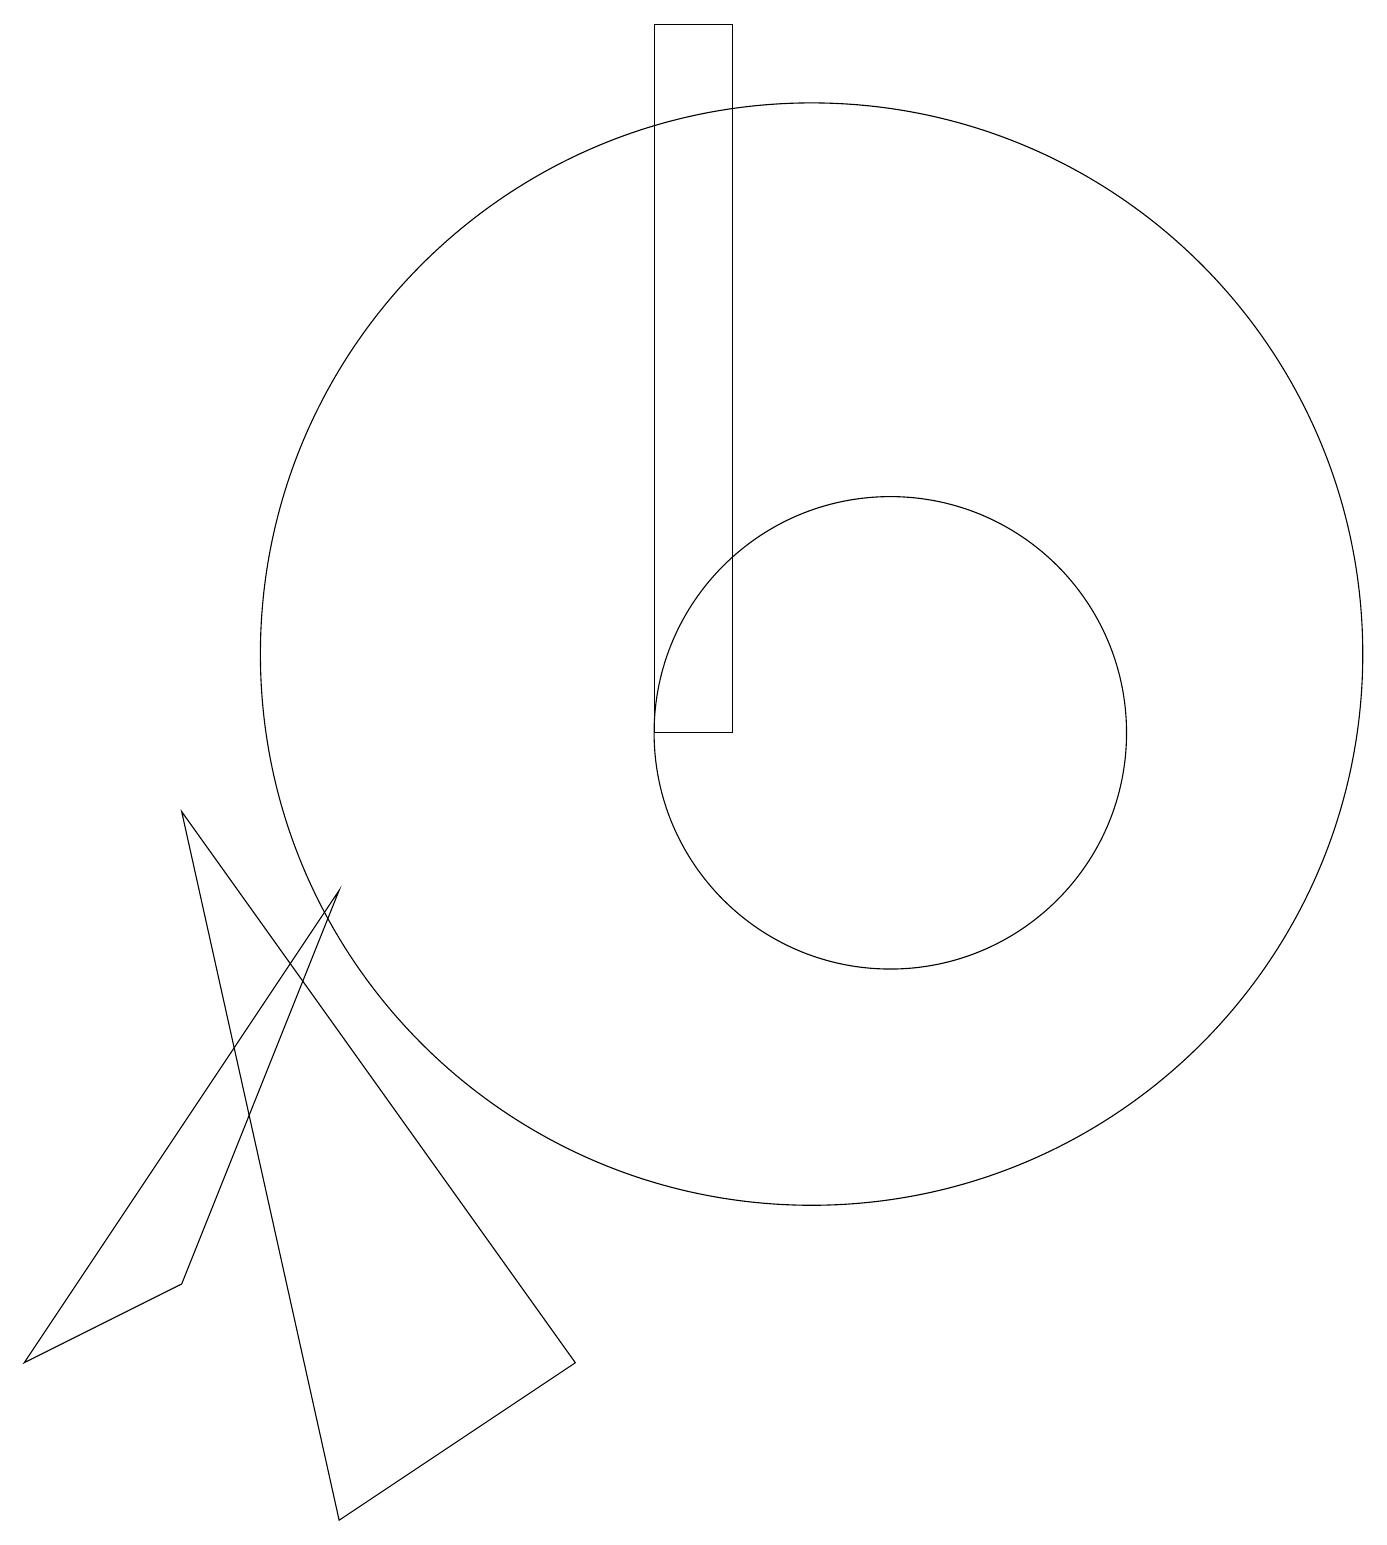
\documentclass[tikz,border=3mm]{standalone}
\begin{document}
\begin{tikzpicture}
\draw (10,11) circle (7);
\draw (2,9) -- (7,2) -- (4,0) -- cycle;
\draw (11,10) circle (3);
\draw (0,2) -- (4,8) -- (2,3) -- cycle;
\draw (9,10) rectangle (8,19);
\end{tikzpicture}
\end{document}